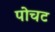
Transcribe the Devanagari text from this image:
पोचट